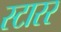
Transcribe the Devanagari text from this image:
स्टारर